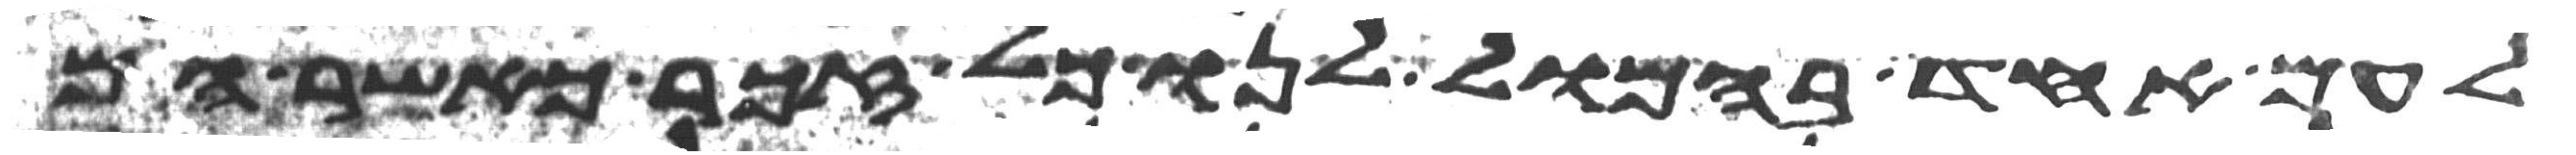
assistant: לעם אחד בהמול לנו כל זכר כאשר הם